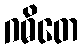
ဂဓိတေ